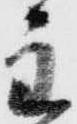
主